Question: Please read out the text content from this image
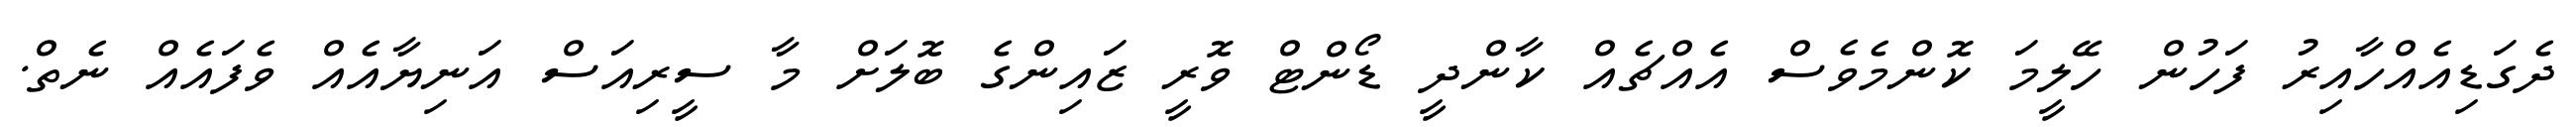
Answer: ދެގަޑިއެއްހާއިރު ފަހުން ހޭލީމަ ކޮންމެވެސް އެއްޗެއް ކާންދީ ޑޯންޓް ވޮރީ ޒައިންގެ ބޮލަށް މާ ސީރިއަސް އަނިޔާއެއް ވެފައެއް ނެތް.